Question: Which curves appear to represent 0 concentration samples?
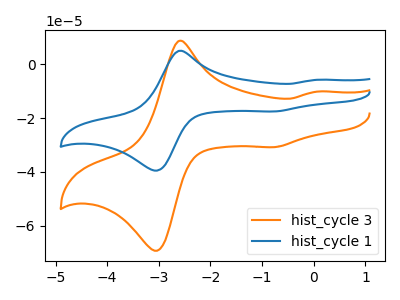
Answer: <think>The orange curve "hist_cycle 3" has anodic peaks at (-2.60V, 8.55uA) (0.05V, -10.25uA) and cathodic peaks at (-3.15V, -68.75uA) (-0.75V, -30.80uA). The blue curve "hist_cycle 1" has anodic peaks at (-2.60V, 4.90uA) (0.05V, -5.85uA) and cathodic peaks at (-3.15V, -39.20uA) (-0.75V, -17.60uA).</think>
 <answer>There are not any CV's on this graph that are likely to be blanks.</answer>
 <eval>none</eval>